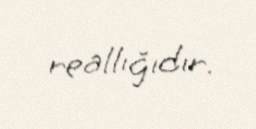
reallığıdır.